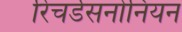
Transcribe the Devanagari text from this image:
रिचर्डसनोनियन